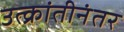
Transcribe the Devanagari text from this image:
उत्क्रांतीनंतर